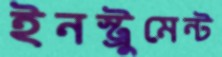
ইনস্ট্রুমেন্ট